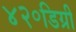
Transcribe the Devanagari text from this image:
४२॰डिग्री